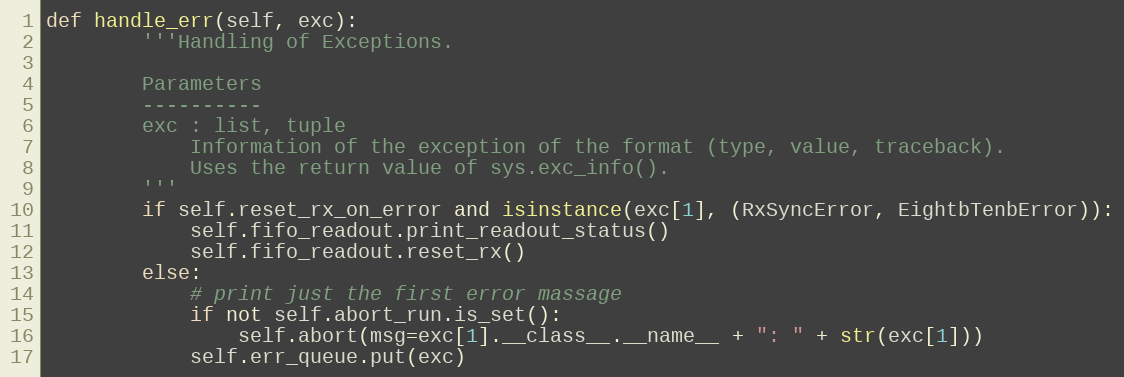
Language: Python
def handle_err(self, exc):
        '''Handling of Exceptions.

        Parameters
        ----------
        exc : list, tuple
            Information of the exception of the format (type, value, traceback).
            Uses the return value of sys.exc_info().
        '''
        if self.reset_rx_on_error and isinstance(exc[1], (RxSyncError, EightbTenbError)):
            self.fifo_readout.print_readout_status()
            self.fifo_readout.reset_rx()
        else:
            # print just the first error massage
            if not self.abort_run.is_set():
                self.abort(msg=exc[1].__class__.__name__ + ": " + str(exc[1]))
            self.err_queue.put(exc)